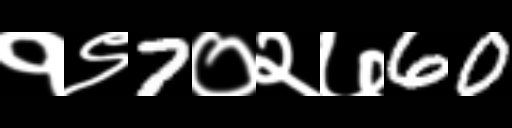
Text: १९7०२७60